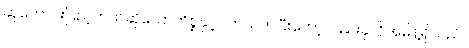
ဆုတောင်းပြည့်တယ်ဆိုသောကိစ္စနှင့်ပတ်သက်ပြီးတော့လည်းခုလိုအမိန့်ရှိသည်။